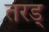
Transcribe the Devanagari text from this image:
तरड्